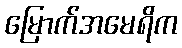
မြောက်အမေရိက